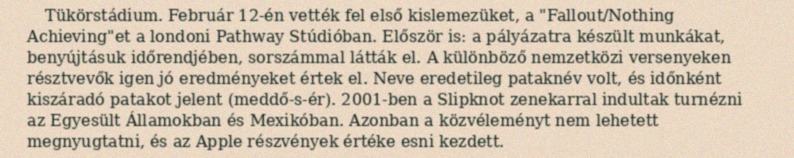
Tükörstádium. Február 12-én vették fel első kislemezüket, a "Fallout/Nothing Achieving"et a londoni Pathway Stúdióban. Először is: a pályázatra készült munkákat, benyújtásuk időrendjében, sorszámmal látták el. A különböző nemzetközi versenyeken résztvevők igen jó eredményeket értek el. Neve eredetileg pataknév volt, és időnként kiszáradó patakot jelent (meddő-s-ér). 2001-ben a Slipknot zenekarral indultak turnézni az Egyesült Államokban és Mexikóban. Azonban a közvéleményt nem lehetett megnyugtatni, és az Apple részvények értéke esni kezdett.